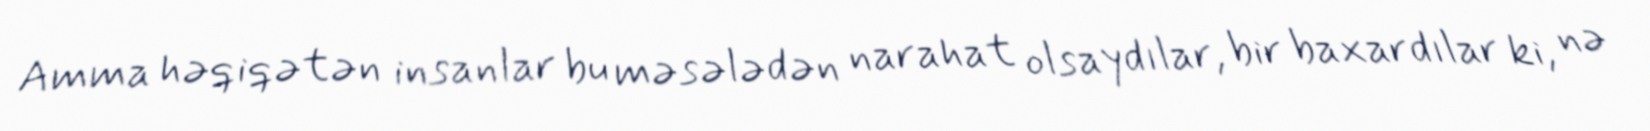
Amma həqiqətən insanlar bu məsələdən narahat olsaydılar, bir baxardılar ki, nə